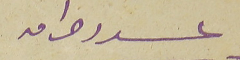
عدد واحد